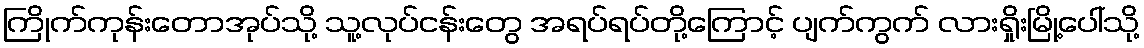
ကြိုက်ကုန်းတောအုပ်သို့ သူ့လုပ်ငန်းတွေ အရပ်ရပ်တို့ကြောင့် ပျက်ကွက် လားရှိုးမြို့ပေါ်သို့